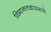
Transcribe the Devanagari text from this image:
विमानतळाप्रमाणे